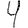
Digit: 4